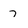
Character: 7